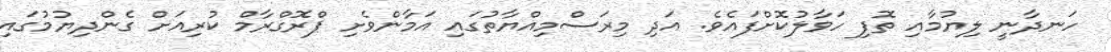
ހަނދާނީ ލިޔުމާއި ތޮފި ހަވާލުކޮށްފައެވެ. އަދި މިރަސްމިއްޔާތުގައި އަމާންވެށި ޕްރޮގްރާމް ކުރިއަށް ގެންދިޔުމުގައި